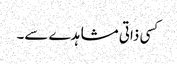
کسی ذاتی مشاہدے سے۔